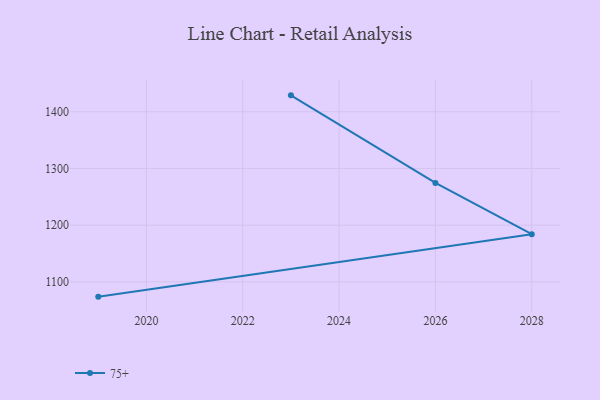
{"axis": {"x": "Year", "y": "Page Views"}, "legend": ["75+"], "data": [{"x": "2019", "y": 1073.9, "type": "75+"}, {"x": "2028", "y": 1184.0, "type": "75+"}, {"x": "2026", "y": 1274.5, "type": "75+"}, {"x": "2023", "y": 1428.9, "type": "75+"}]}